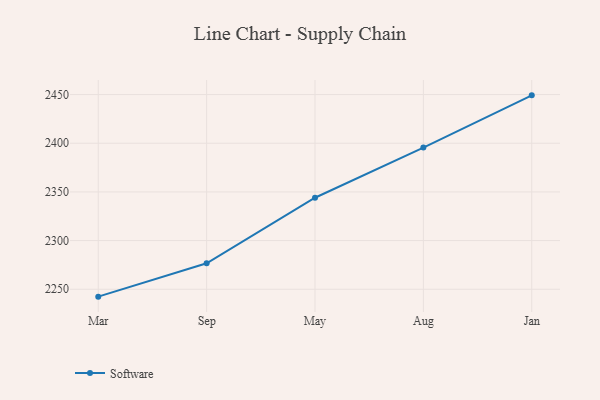
{"axis": {"x": "Month", "y": "Energy Usage (MWh)"}, "legend": ["Software"], "data": [{"x": "Mar", "y": 2242.4, "type": "Software"}, {"x": "Sep", "y": 2276.7, "type": "Software"}, {"x": "May", "y": 2344.0, "type": "Software"}, {"x": "Aug", "y": 2395.5, "type": "Software"}, {"x": "Jan", "y": 2449.2, "type": "Software"}]}